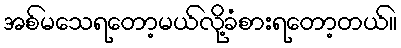
အစ်မသေရတော့မယ်လို့ခံစားရတော့တယ်။